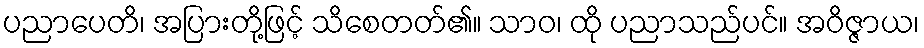
ပညာပေတိ၊ အပြားတို့ဖြင့် သိစေတတ်၏။ သာဝ၊ ထို ပညာသည်ပင်။ အဝိဇ္ဇာယ၊